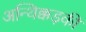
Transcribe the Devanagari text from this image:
अन्थिक्कड़की